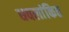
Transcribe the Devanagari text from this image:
धवलांकित